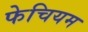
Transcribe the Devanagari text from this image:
फेचियम